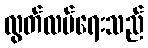
လွတ်လပ်ရေးသည်